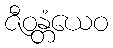
ဇီဝန္တံယေဝ